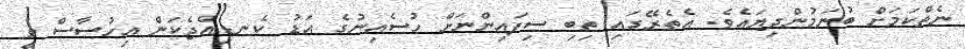
ނެތްކަމަށް ބުނަމުންދިޔައެވެ. އެތެރޭގައި ތިބި ސިފައިންނަށް ހުސެއިނުގެ އަޑު ކެނޑިއްޖެކަން އިހުސާސް ވީ